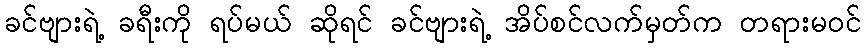
ခင်ဗျားရဲ့ ခရီးကို ရပ်မယ် ဆိုရင် ခင်ဗျားရဲ့ အိပ်စင်လက်မှတ်က တရားမဝင်